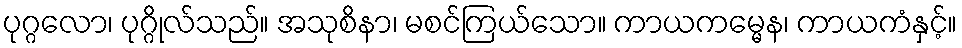
ပုဂ္ဂလော၊ ပုဂ္ဂိုလ်သည်။ အသုစိနာ၊ မစင်ကြယ်သော။ ကာယကမ္မေန၊ ကာယကံနှင့်။